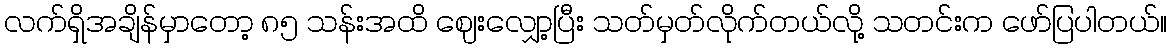
လက်ရှိအချိန်မှာတော့ ၈၅ သန်းအထိ ဈေးလျှော့ပြီး သတ်မှတ်လိုက်တယ်လို့ သတင်းက ဖော်ပြပါတယ်။